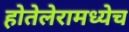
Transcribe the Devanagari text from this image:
होतेलेरामध्येच